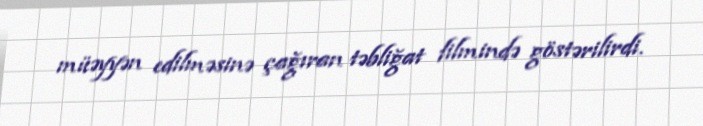
müəyyən edilməsinə çağıran təbliğat filmində göstərilirdi.